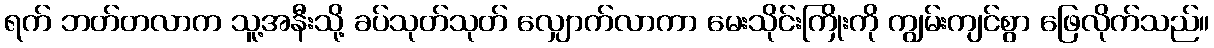
ရက် ဘတ်တလာက သူ့အနီးသို့ ခပ်သုတ်သုတ် လျှောက်လာကာ မေးသိုင်းကြိုးကို ကျွမ်းကျင်စွာ ဖြေလိုက်သည်။